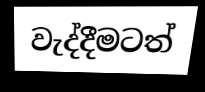
වැද්දීමටත්